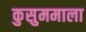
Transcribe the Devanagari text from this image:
कुसुममाला